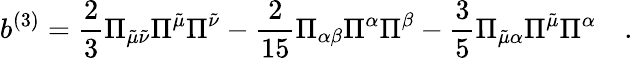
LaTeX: b^{(3)}=\frac{2}{3}\Pi_{\tilde{\mu}\tilde{\nu}}\Pi^{\tilde{\mu}}\Pi^{\tilde{\nu}}-\frac{2}{15}\Pi_{\alpha\beta}\Pi^{\alpha}\Pi^{\beta}-\frac{3}{5}\Pi_{\tilde{\mu}\alpha}\Pi^{\tilde{\mu}}\Pi^{\alpha}\quad.